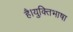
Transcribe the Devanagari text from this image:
है।युक्तिभाषा